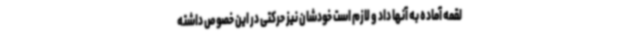
لقمه آماده به آنها داد و لازم است خودشان نیز حرکتی در این خصوص داشته